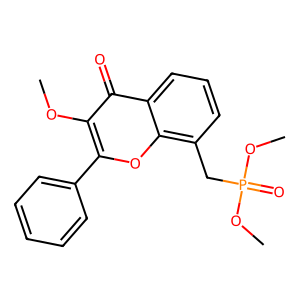
SMILES: COc1c(-c2ccccc2)oc2c(CP(=O)(OC)OC)cccc2c1=O
Inhibits HIV replication: No